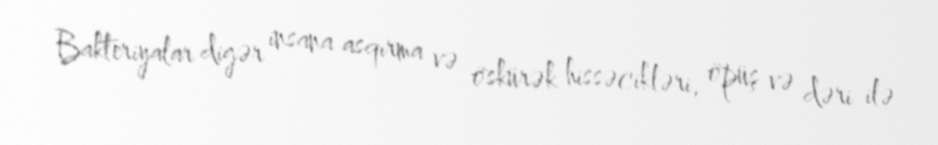
Bakteriyalar digər insana asqırma və öskürək hissəcikləri, öpüş və dəri ilə